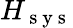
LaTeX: H_{\mathrm{~s~y~s~}}